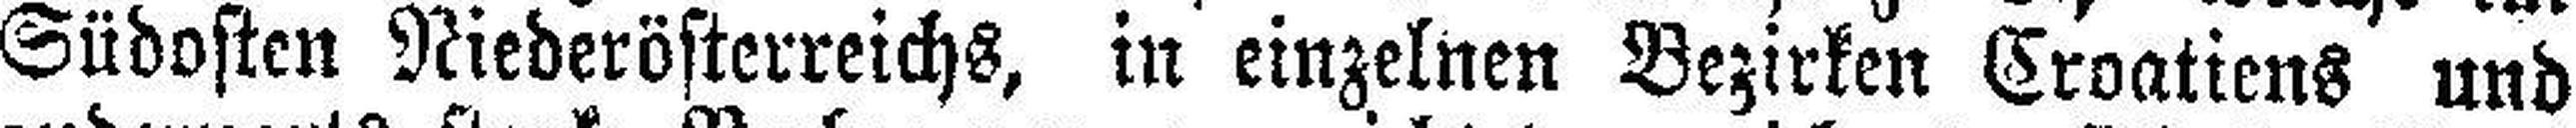
Südosten Niederösterreichs, in einzelnen Bezirken Croatiens und